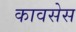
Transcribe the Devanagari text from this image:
कावसेस